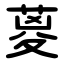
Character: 葼